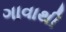
ગાવાથી